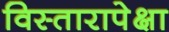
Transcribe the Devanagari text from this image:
विस्तारापेक्षा